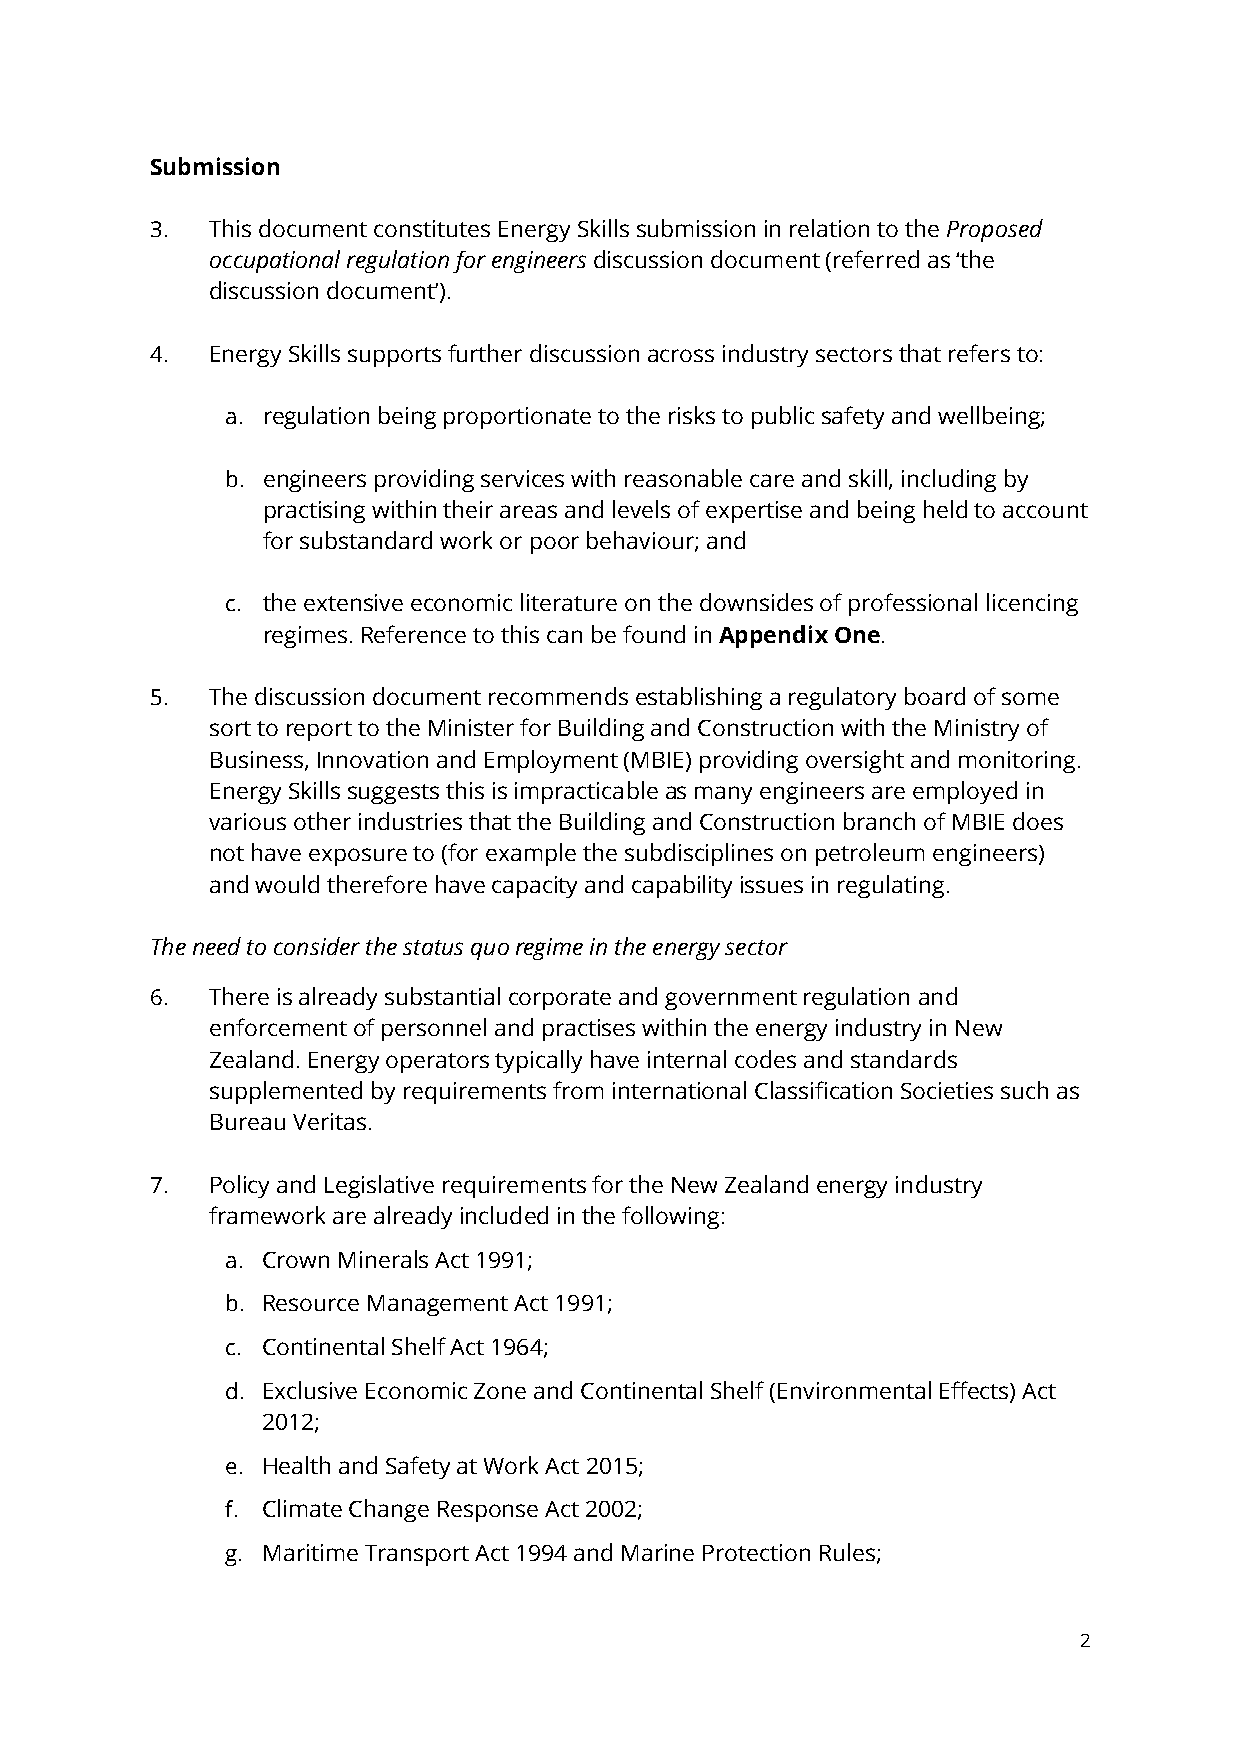
Submission
 3.  This document constitutes Energy Skills submission in relation to the Proposed
 occupational regulation for engineers discussion document (referred as ‘the
 discussion document’).
 4.  Energy Skills supports further discussion across industry sectors that refers to:
 a. regulation being proportionate to the risks to public safety and wellbeing;
 b. engineers providing services with reasonable care and skill, including by
 practising within their areas and levels of expertise and being held to account
 for substandard work or poor behaviour; and
 c. the extensive economic literature on the downsides of professional licencing
 regimes. Reference to this can be found in Appendix One.
 5.  The discussion document recommends establishing a regulatory board of some
 sort to report to the Minister for Building and Construction with the Ministry of
 Business, Innovation and Employment (MBIE) providing oversight and monitoring.
 Energy Skills suggests this is impracticable as many engineers are employed in
 various other industries that the Building and Construction branch of MBIE does
 not have exposure to (for example the subdisciplines on petroleum engineers)
 and would therefore have capacity and capability issues in regulating.
 The need to consider the status quo regime in the energy sector
 6.  There is already substantial corporate and government regulation and
 enforcement of personnel and practises within the energy industry in New
 Zealand. Energy operators typically have internal codes and standards
 supplemented by requirements from international Classification Societies such as
 Bureau Veritas.
 7.  Policy and Legislative requirements for the New Zealand energy industry
 framework are already included in the following:
 a. Crown Minerals Act 1991;
 b. Resource Management Act 1991;
 c. Continental Shelf Act 1964;
 d. Exclusive Economic Zone and Continental Shelf (Environmental Effects) Act
 2012;
 e. Health and Safety at Work Act 2015;
 f. Climate Change Response Act 2002;
 g. Maritime Transport Act 1994 and Marine Protection Rules;
 2